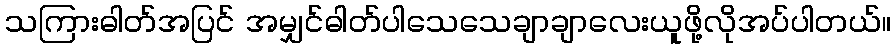
သကြားဓါတ်အပြင် အမျှင်ဓါတ်ပါသေသေချာချာလေးယူဖို့လိုအပ်ပါတယ်။